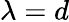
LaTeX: \lambda=d